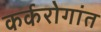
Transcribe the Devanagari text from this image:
कर्करोगांत